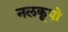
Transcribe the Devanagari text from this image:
नलकूपो